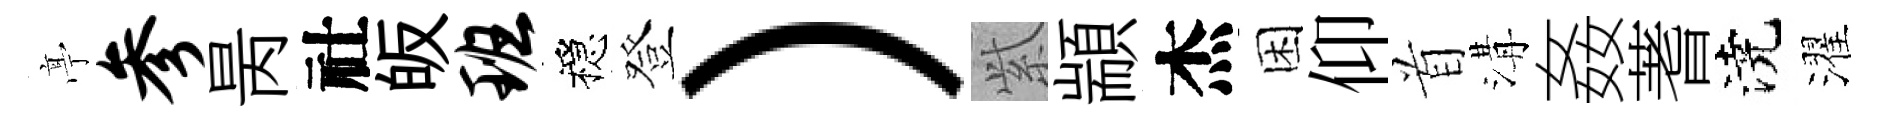
𠅘参昺社皈班穩登）𬗋顓杰困仰首溝姦蓍澆濯